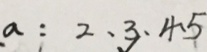
a : 2 、 3 、 4 、 5